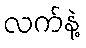
လက်နဲ့